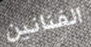
الفنانين